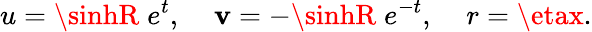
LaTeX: u=\sinhR\; e^{t},\; \; \; \; \mathbf{v}=-\sinhR\; e^{-t},\; \; \; \; r=\etax.